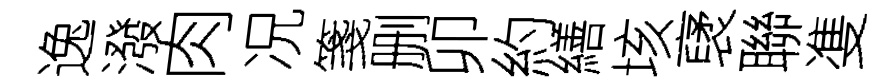
逸潑肉况箋删卯約繕垓裦聯㕠